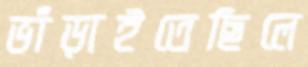
ভাঁড়াইতেছিলে